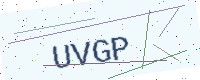
Text: UVGP